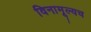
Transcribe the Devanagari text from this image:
विनामूल्यच